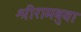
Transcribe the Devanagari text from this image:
श्रीरामबुवा